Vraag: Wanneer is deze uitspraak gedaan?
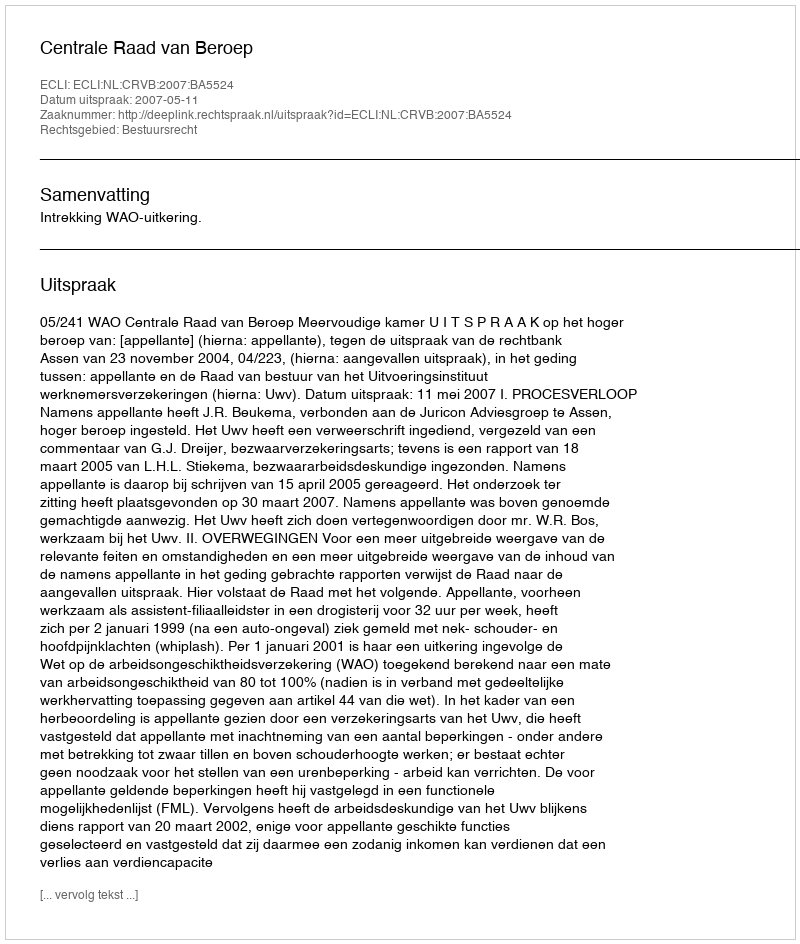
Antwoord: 2007-05-11